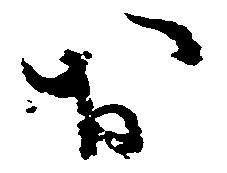
お